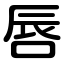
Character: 唇